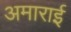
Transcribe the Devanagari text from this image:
अमाराई